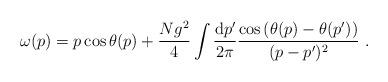
LaTeX: \begin{align*}\omega(p) = p \cos \theta(p) + \frac{Ng^2}{4} \int \frac{{\rm d}p'}{2\pi} \frac{\cos \left( \theta(p)-\theta(p') \right)}{(p-p')^2}\ .\end{align*}